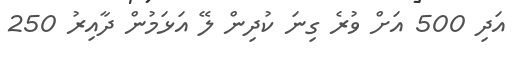
އަދި 500 އަށް ވުރެ ގިނަ ކުދިން ލޭ އަޅަމުން ދާއިރު 250